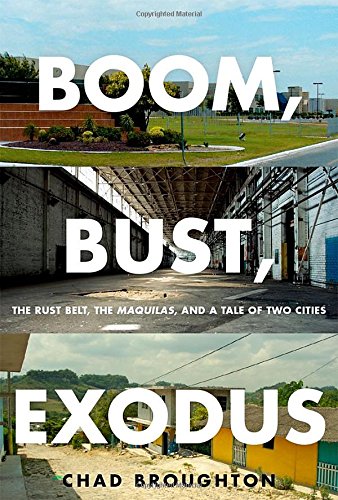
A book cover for Boom, Bust, Exodus: The Rust Belt, the Maquilas, and a Tale of Two Cities; Chad Broughton; Business & Money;